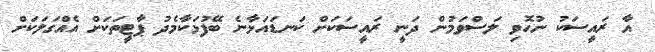
އާ ރައީސަކު ނުހޮވި ލަސްވަމުން ދަނީ ރައީސަކަށް ކަނޑައަޅާނެ ބޭފުޅަކާމެދު ޕާޓީތަކަށް އެއްގަލަކަށް